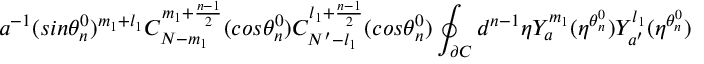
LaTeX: a ^ { - 1 } ( s i n { \theta _ { n } ^ { 0 } } ) ^ { m _ { 1 } + l _ { 1 } } C _ { N - m _ { 1 } } ^ { m _ { 1 } + \frac { n - 1 } { 2 } } ( c o s { \theta _ { n } ^ { 0 } } ) C _ { N ^ { \prime } - l _ { 1 } } ^ { l _ { 1 } + \frac { n - 1 } { 2 } } ( c o s { \theta _ { n } ^ { 0 } } ) \oint _ { \partial C } d ^ { n - 1 } { \eta } Y _ { a } ^ { m _ { 1 } } ( \eta ^ { \theta _ { n } ^ { 0 } } ) Y _ { a ^ { \prime } } ^ { l _ { 1 } } ( \eta ^ { \theta _ { n } ^ { 0 } } )